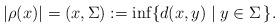
LaTeX: \begin{align*}|\rho(x)|= (x,\Sigma) := \inf\{ d(x,y) \mid y\in \Sigma \,\}.\end{align*}